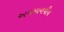
અવમાનવીય